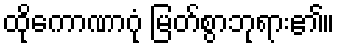
ထိုကောဏာဂုံ မြတ်စွာဘုရား၏။